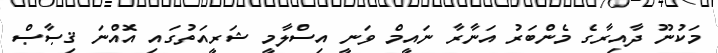
މަކުނޫ ދާއިރާގެ މެންބަރު އަނާރާ ނައީމް ވަނީ އިސްލާމީ ޝަރީއަތުގައި އޮއްނަ ޤިޞާޞް